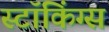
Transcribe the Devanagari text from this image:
स्टॉकिंग्स